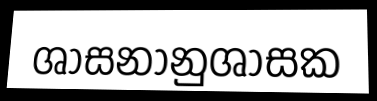
ශාසනානුශාසක